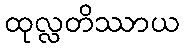
ထုလ္လတိဿာယ